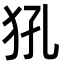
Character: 犼